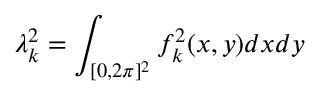
\lambda _ { k } ^ { 2 } = \int _ { [ 0 , 2 \pi ] ^ { 2 } } f _ { k } ^ { 2 } ( x , y ) d x d y